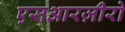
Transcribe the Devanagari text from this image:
एसआरज़ीरो